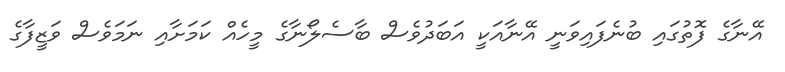
އޭނާގެ ފޮތުގައި ބުނެފައިވަނީ އޭނާއަކީ އަބަދުވެސް ބާސެލޯނާގެ މީހެއް ކަމަށާއި ނަމަވެސް ވަޒީފާގެ